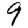
Digit: 9